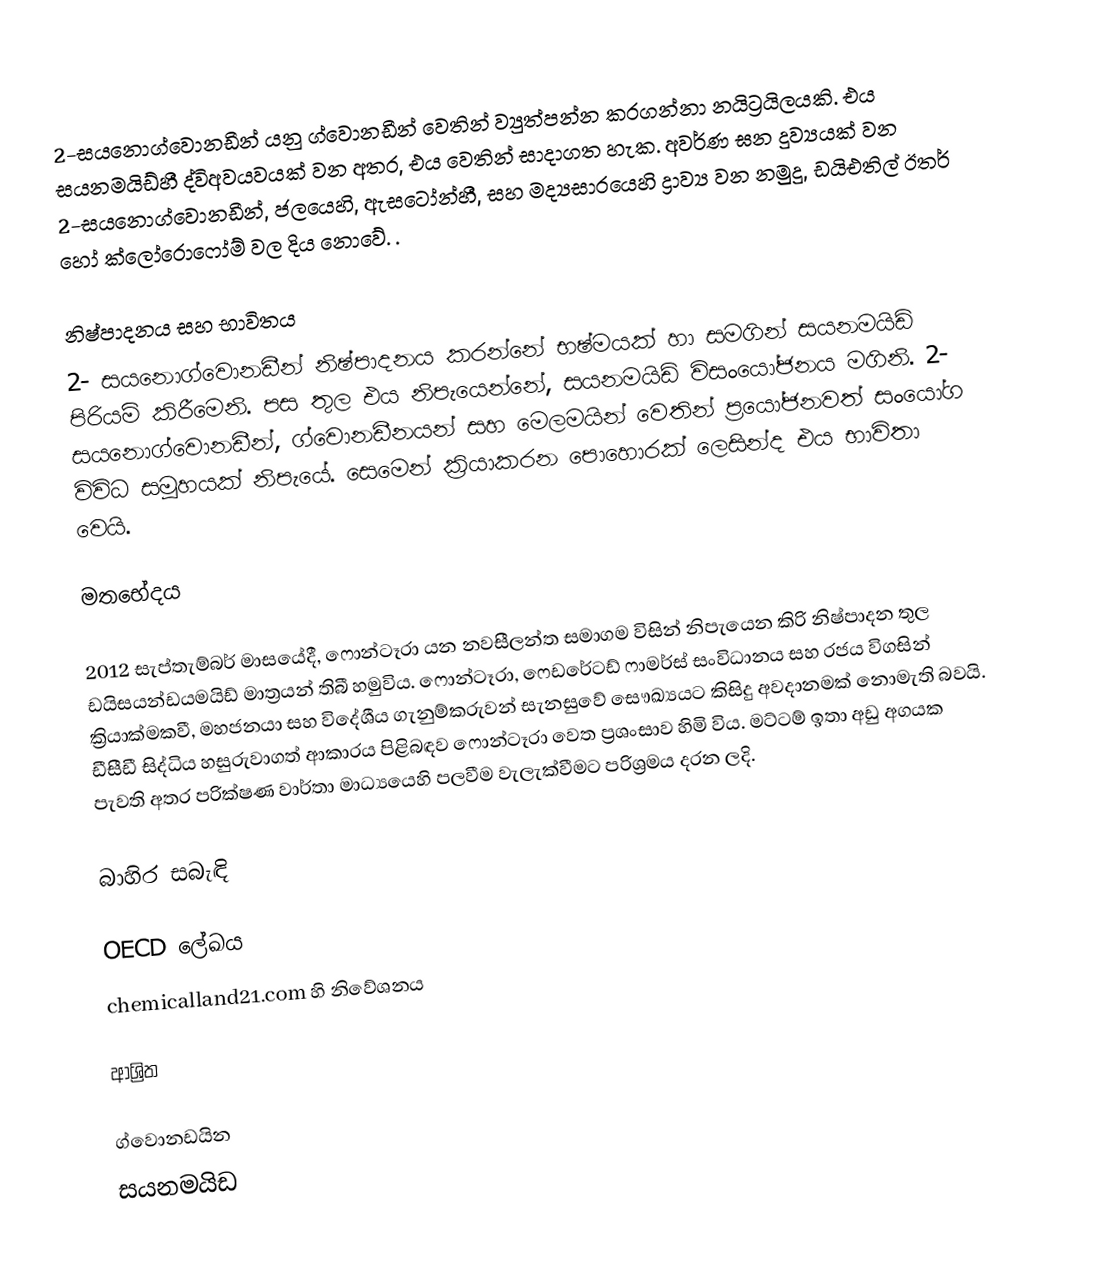
2-සයනොග්වොනඩීන් යනු ග්වොනඩීන් වෙතින් ව්‍යුත්පන්න කරගන්නා  නයිට්‍රයිලයකි. එය සයනමයිඩ්හී ද්විඅවයවයක් වන අතර, එය වෙතින් සාදාගත හැක. අවර්ණ ඝන දුව්‍යයක් වන 2-සයනොග්වොනඩීන්,  ජලයෙහි, ඇසටෝන්හී, සහ මද්‍යසාරයෙහි ද්‍රාව්‍ය වන නමුදු, ඩයිඑතිල් ඊතර් හෝ ක්ලෝරොෆෝම් වල දිය නොවේ. .

නිෂ්පාදනය සහ භාවිතය
2- සයනොග්වොනඩීන් නිෂ්පාදනය කරන්නේ භෂ්මයක් හා සමගින් සයනමයිඩ් පිරියම් කිරීමෙනි. පස තුල එය නිපැයෙන්නේ, සයනමයිඩ් විසංයෝජනය මගිනි. 2- සයනොග්වොනඩීන්, ග්වොනඩීනයන් සහ මෙලමයින් වෙතින් ප්‍රයෝජනවත් සංයෝග විවිධ සමූහයක් නිපැයේ. සෙමෙන් ක්‍රියාකරන  පොහොරක් ලෙසින්ද එය භාවිතා වෙයි.

මතභේදය

2012 සැප්තැම්බර් මාසයේදී, ෆොන්ටෑරා යන නවසීලන්ත සමාගම විසින් නිපැයෙන කිරි නිෂ්පාදන තුල ඩයිසයන්ඩයමයිඩ් මාත්‍රයන් තිබී හමුවිය.  ෆොන්ටෑරා, ෆෙඩරේටඩ් ෆාමර්ස් සංවිධානය සහ රජය විගසින් ක්‍රියාක්මකවී, මහජනයා සහ විදේශීය ගැනුම්කරුවන්  සැනසුවේ සෞඛ්‍යයට කිසිදු අවදානමක් නොමැති බවයි.   ඩීසීඩී සිද්ධිය හසුරුවාගත් ආකාරය පිළිබඳව  ෆොන්ටෑරා වෙත ප්‍රශංසාව හිමි විය.  මට්ටම් ඉතා අඩු අගයක පැවති අතර පරික්ෂණ වාර්තා මාධ්‍යයෙහි පලවීම වැලැක්වීමට පරිශ්‍රමය දරන ලදි.

බාහිර සබැඳි

 OECD ලේඛය
 chemicalland21.com හි නිවේශනය

ආශ්‍රිත

ග්වොනඩයින
සයනමයිඩ